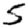
Digit: 5